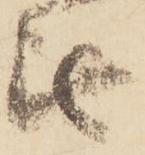
無